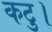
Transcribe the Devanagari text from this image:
कटु।